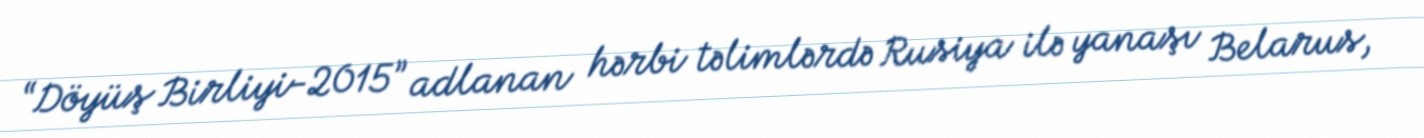
“Döyüş Birliyi-2015” adlanan hərbi təlimlərdə Rusiya ilə yanaşı Belarus,